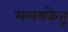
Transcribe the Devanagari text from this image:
मलयकेतू